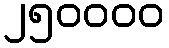
၂၅၀၀၀၀